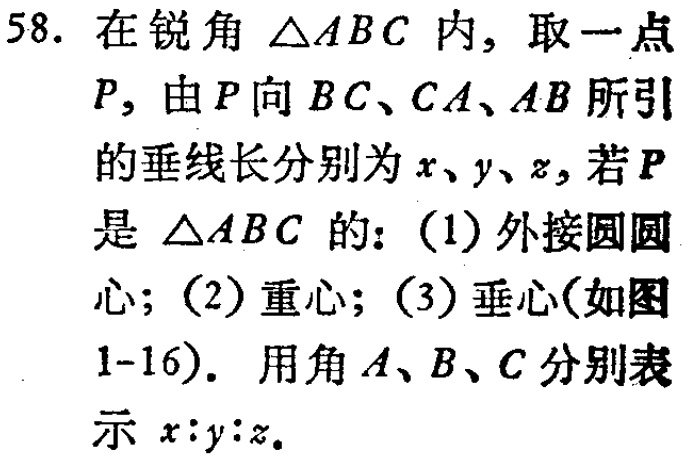
58. 在锐角$\triangle ABC$内，取一点$P$，由$P$向$BC、CA、AB$所引的垂线长分别为$x、y、z$，若$P$是$\triangle ABC$的：(1) 外接圆圆心；(2) 重心；(3) 垂心(如图1-16)。用角$A、B、C$分别表示$x:y:z$。